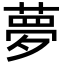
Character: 夢